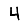
Digit: 4